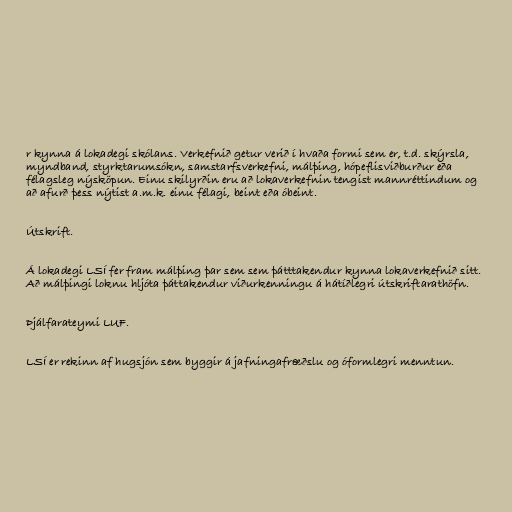
r kynna á lokadegi skólans. Verkefnið getur verið í hvaða formi sem er, t.d. skýrsla,
myndband, styrktarumsókn, samstarfsverkefni, málþing, hópeflisviðburður eða
félagsleg nýsköpun. Einu skilyrðin eru að lokaverkefnin tengist mannréttindum og
að afurð þess nýtist a.m.k. einu félagi, beint eða óbeint.

Útskrift.

Á lokadegi LSÍ fer fram málþing þar sem sem þátttakendur kynna lokaverkefnið sitt.
Að málþingi loknu hljóta þáttakendur viðurkenningu á hátíðlegri útskriftarathöfn.

Þjálfarateymi LUF.

LSÍ er rekinn af hugsjón sem byggir á jafningafræðslu og óformlegri menntun.